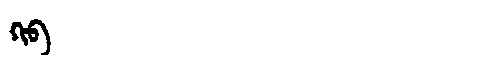
Manchu: ᡴᡳᠪ
Romanization: KIB